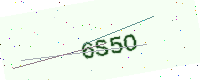
Text: 6S5O